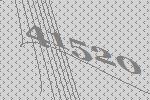
41520